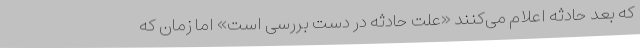
که بعد حادثه اعلام می‌کنند «علت حادثه در دست بررسی است» اما زمان که